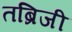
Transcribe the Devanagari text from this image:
तब्रिजी